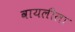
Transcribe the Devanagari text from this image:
वायलीला